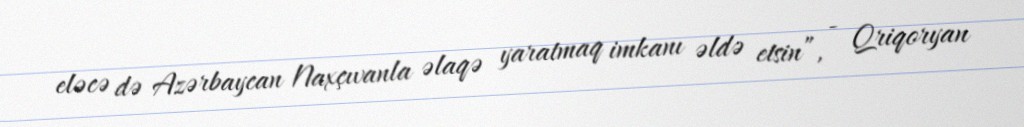
eləcə də Azərbaycan Naxçıvanla əlaqə yaratmaq imkanı əldə etsin”, - Qriqoryan